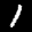
Label: 1